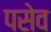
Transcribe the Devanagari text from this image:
पसेव